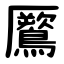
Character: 鷢